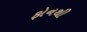
ફોનથી